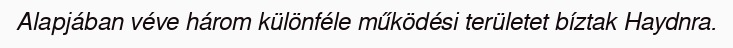
Alapjában véve három különféle működési területet bíztak Haydnra.